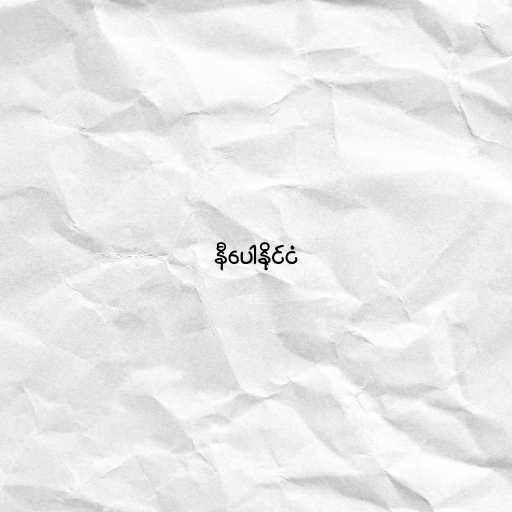
နီပေါနိုင်ငံ